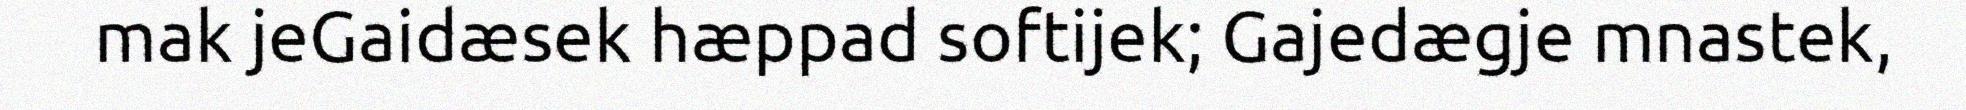
mak jeGaidæsek hæppad softijek; Gajedægje mnastek,